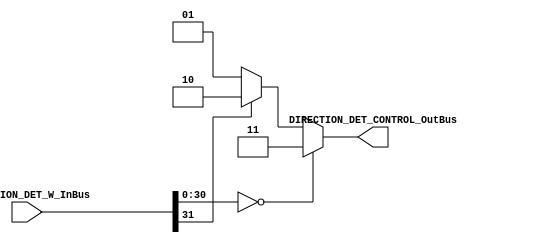
//****************************************
// Made by: Jhoan Esteban Len - je.leon.e@outlook.com
//****************************************

//=======================================================
//  MODULE Definition
//=======================================================

module DIRECTION_DET
(

	//////////// INPUTS //////////
	input [31:0] DIRECTION_DET_W_InBus,
	
	//////////// OUTPUTS ////////// 
	output reg [1:0] DIRECTION_DET_CONTROL_OutBus //Output bus to control direction
	
);

//=======================================================
//  PARAMETER declarations
//=======================================================

//=======================================================
//  PORT declarations
//=======================================================

//=======================================================
//  REG/WIRE declarations
//=======================================================

//=======================================================
//  STRUCTURAL coding
//=======================================================

//INPUT LOGIC: COMBINATIONAL

always @(*)
begin
	if (DIRECTION_DET_W_InBus[30:0] == 31'b0)
		DIRECTION_DET_CONTROL_OutBus = 2'b11; // fast stop for motor if goal velocity is zero rad/s
	else if (DIRECTION_DET_W_InBus[31] == 1'b0)
		DIRECTION_DET_CONTROL_OutBus = 2'b01; // rotation in one direction
	else if (DIRECTION_DET_W_InBus[31] == 1'b1)
		DIRECTION_DET_CONTROL_OutBus = 2'b10; // rotation in the other direction
	else
		DIRECTION_DET_CONTROL_OutBus = 2'b00; // motor idle
end

//always @(*)
//begin
//	if (DIRECTION_DET_W_InBus[15:8] == 16'b0)
//		DIRECTION_DET_CONTROL_OutBus = 2'b11; // fast stop for motor if goal velocity is zero rad/s
//	else if (DIRECTION_DET_W_InBus[16] == 1'b1)
//		DIRECTION_DET_CONTROL_OutBus = 2'b01; // rotation in one direction
//	else if (DIRECTION_DET_W_InBus[16] == 1'b0)
//		DIRECTION_DET_CONTROL_OutBus = 2'b10; // rotation in the other direction
//	else
//		DIRECTION_DET_CONTROL_OutBus = 2'b00; // motor idle
//end

endmodule